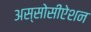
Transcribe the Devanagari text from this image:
अस्सोसीऐशन